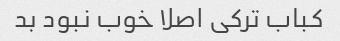
کباب ترکی اصلا خوب نبود بد